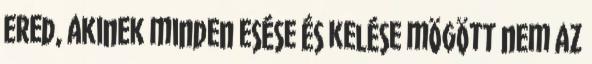
ered, akinek minden esése és kelése mögött nem az